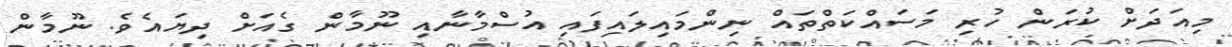
މިއަދަށް ކުރަން ހުރި މަސައްކަތްތައް ނިންމައިލައިފައި އުސްމާނާއި ނޫމާން ގެއަށް ދިޔައެވެ. ނޫމާން